Annual administration report of the Civil Veterinary Department of India - 1898-1899
Year: 1898
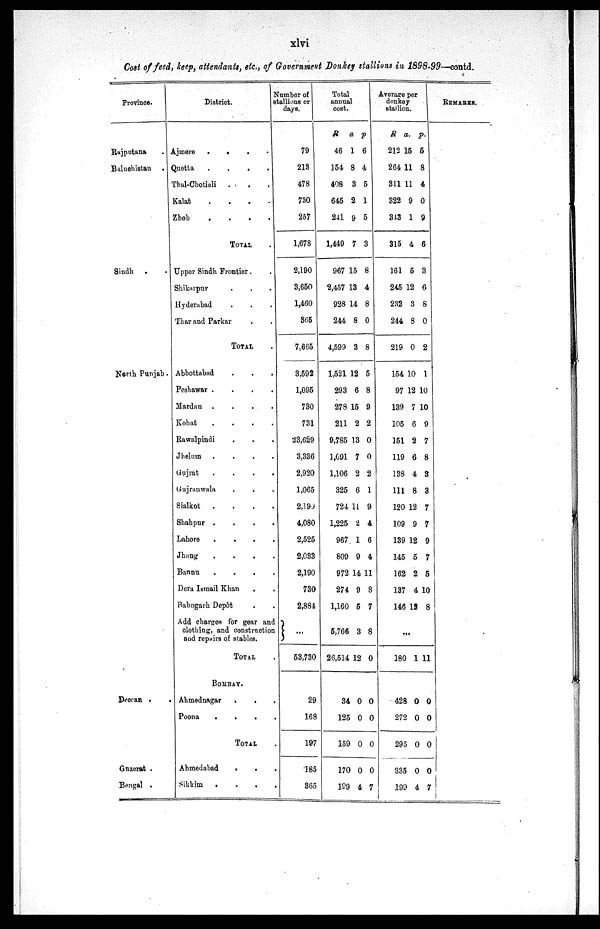
xlvi
Cost of feed, keep, attendants, etc., of Government Donkey stallions in 1898-99—contd.
Province.
Raputana .
Baluchistan .
Sindh
. .
North Punjab.
Deccan . .
Guzerat .
Bengal .
District.
Ajmere
.
.
Quetta
.
.
.
.
Thal-Chotiali
.
Kalat
.
.
.
.
Zhob
.
.
.
.
TOTAL .
Upper Sindh Frontier . .
Shikarpur . . .
Hyderabad . . .
Thar and Parkar
TOTAL .
Abbottabad . . . .
Peshawar .
.
.
.
Mardan .
.
.
.
Kohat
.
.
.
.
Rawalpindi . . .
Jhelum
.
.
.
.
Gujrat
.
.
.
.
Gujranwala . . .
Sialkot
.
.
.
.
Shahpur .
.
.
.
Lahore
.
.
.
.
Jhang
.
.
.
.
Bannu
.
.
.
.
Dera Ismail Khan . .
Babugarh Depôt . .
Add charges for gear and
clothing, and constrnction
and repairs of stables.
TOTAL .
BOMBAY.
Ahmednagar
.
Poona . .
.
.
TOTAL .
Ahmedabad
.
Sikkim . . . .
Number of
stallions or
days.
79
213
478
730
257
1,678
2,190
3,650
1,460
365
7,665
3,592
1,095
730
731
23,629
3,336
2,920
1,065
2,190
4,080
2,525
2,033
2,190
730
2,884
} ...
53,730
29
168
197
185
365
Total
annual
cost.
R
46
154
408
645
241
1,449
967
2,457
928
244
4,599
1,521
293
278
211
9,785
1,691
1,106
325
724
1,225
967
809
972
274
1,160
5,766
26,514
a
1
8
3
2
9
7
15
13
14
8
3
12
6
15
2
13
7
2
6
11
2
1
9
14
9
5
3
12
p
6
4
5
1
5
3
8
4
8
0
8
5
8
9
2
0
0
2
1
9
4
6
4
11
8
7
8
0
34
125
159
170
199
0
0
0
0
4
0
0
0
0
7
Average per
donkey
stallion.
R
212
264
311
322
343
315
161
245
232
244
219
154
97
139
105
151
119
138
111
120
109
139
145
162
137
146
a.
15
11
11
9
1
4
5
12
3
8
0
10
12
7
6
2
6
4
8
12
9
12
5
2
4
13
p.
5
8
4
0
9
6
3
6
8
0
2
1
10
10
9
7
8
3
3
7
7
9
7
5
10
8
...
180 1 11
428
272
295
335
199
0
0
0
0
4
0
0
0
0
7
REMARKS.